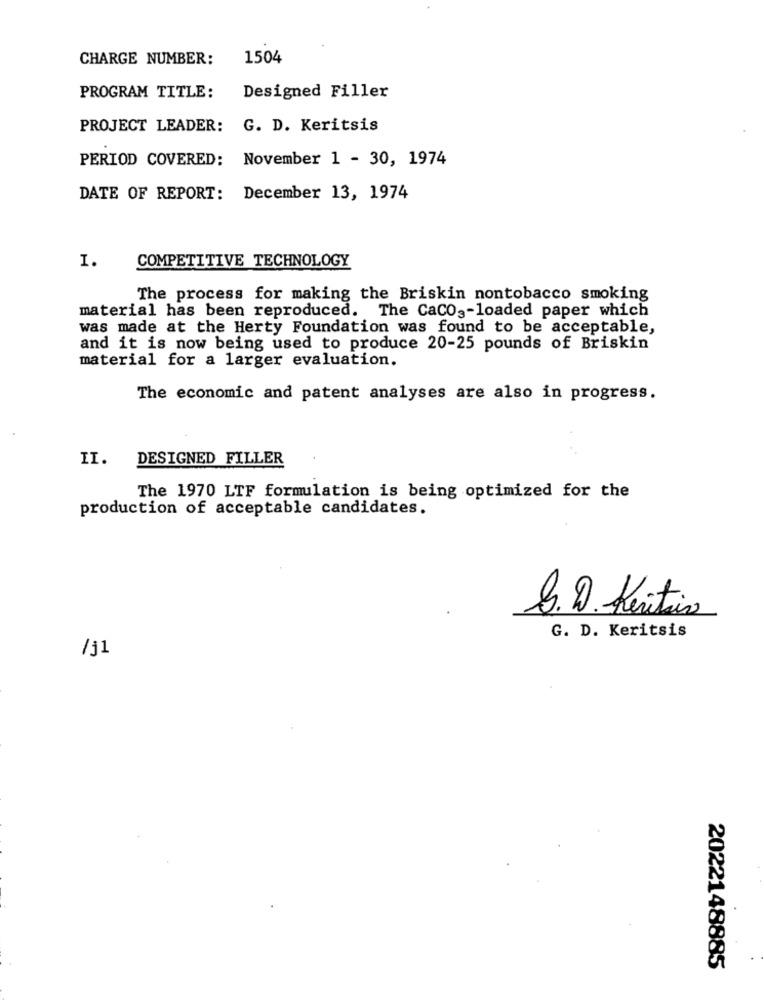
CHARGE NUMBER:
1504
PROGRAM TITLE:
Designed Filler
PROJECT LEADER: G. D. Keritsis
PERIOD COVERED: November 1 - 30, 1974
DATE OF REPORT: December 13, 1974
COMPETITIVE TECHNOLOGY
1.
The process for making the Briskin nontobacco smoking
material has been reproduced. The CaCO ,- loaded paper which
was made at the Herty Foundation was found to be acceptable,
and it is now being used to produce 20-25 pounds of Briskin
material for a larger evaluation.
The economic and patent analyses are also in progress.
II. DESIGNED FILLER
The 1970 LTF formulation is being optimized for the
production of acceptable candidates.
S.D. Keritin
G. D. Keritsis
/j1
2022148885